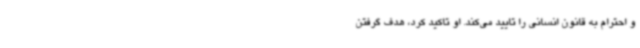
و احترام به قانون انسانی را تایید می‌کند. او تاکید کرد، هدف گرفتن